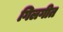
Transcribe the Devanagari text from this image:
गिलगीत